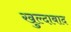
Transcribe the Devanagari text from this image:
खुल्‍दाबाद